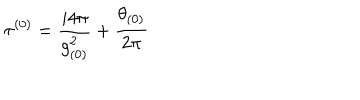
\tau ^ { ( 0 ) } = \frac { i 4 \pi } { g _ { ( 0 ) } ^ { 2 } } + \frac { \theta _ { ( 0 ) } } { 2 \pi }